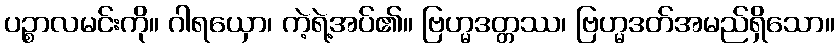
ပဉ္စာလမင်းကို။ ဂါရယှော၊ ကဲ့ရဲ့အပ်၏။ ဗြဟ္မဒတ္တဿ၊ ဗြဟ္မဒတ်အမည်ရှိသော။